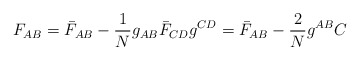
\begin{align*}F_{AB} = \bar{F}_{AB} - \frac{1}{N} g_{AB} \bar{F}_{CD}g^{CD} = \bar{F}_{AB} - \frac{2}{N} g^{AB} C\end{align*}